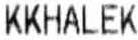
KKHALEK